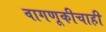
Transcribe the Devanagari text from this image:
वागणूकीचाही